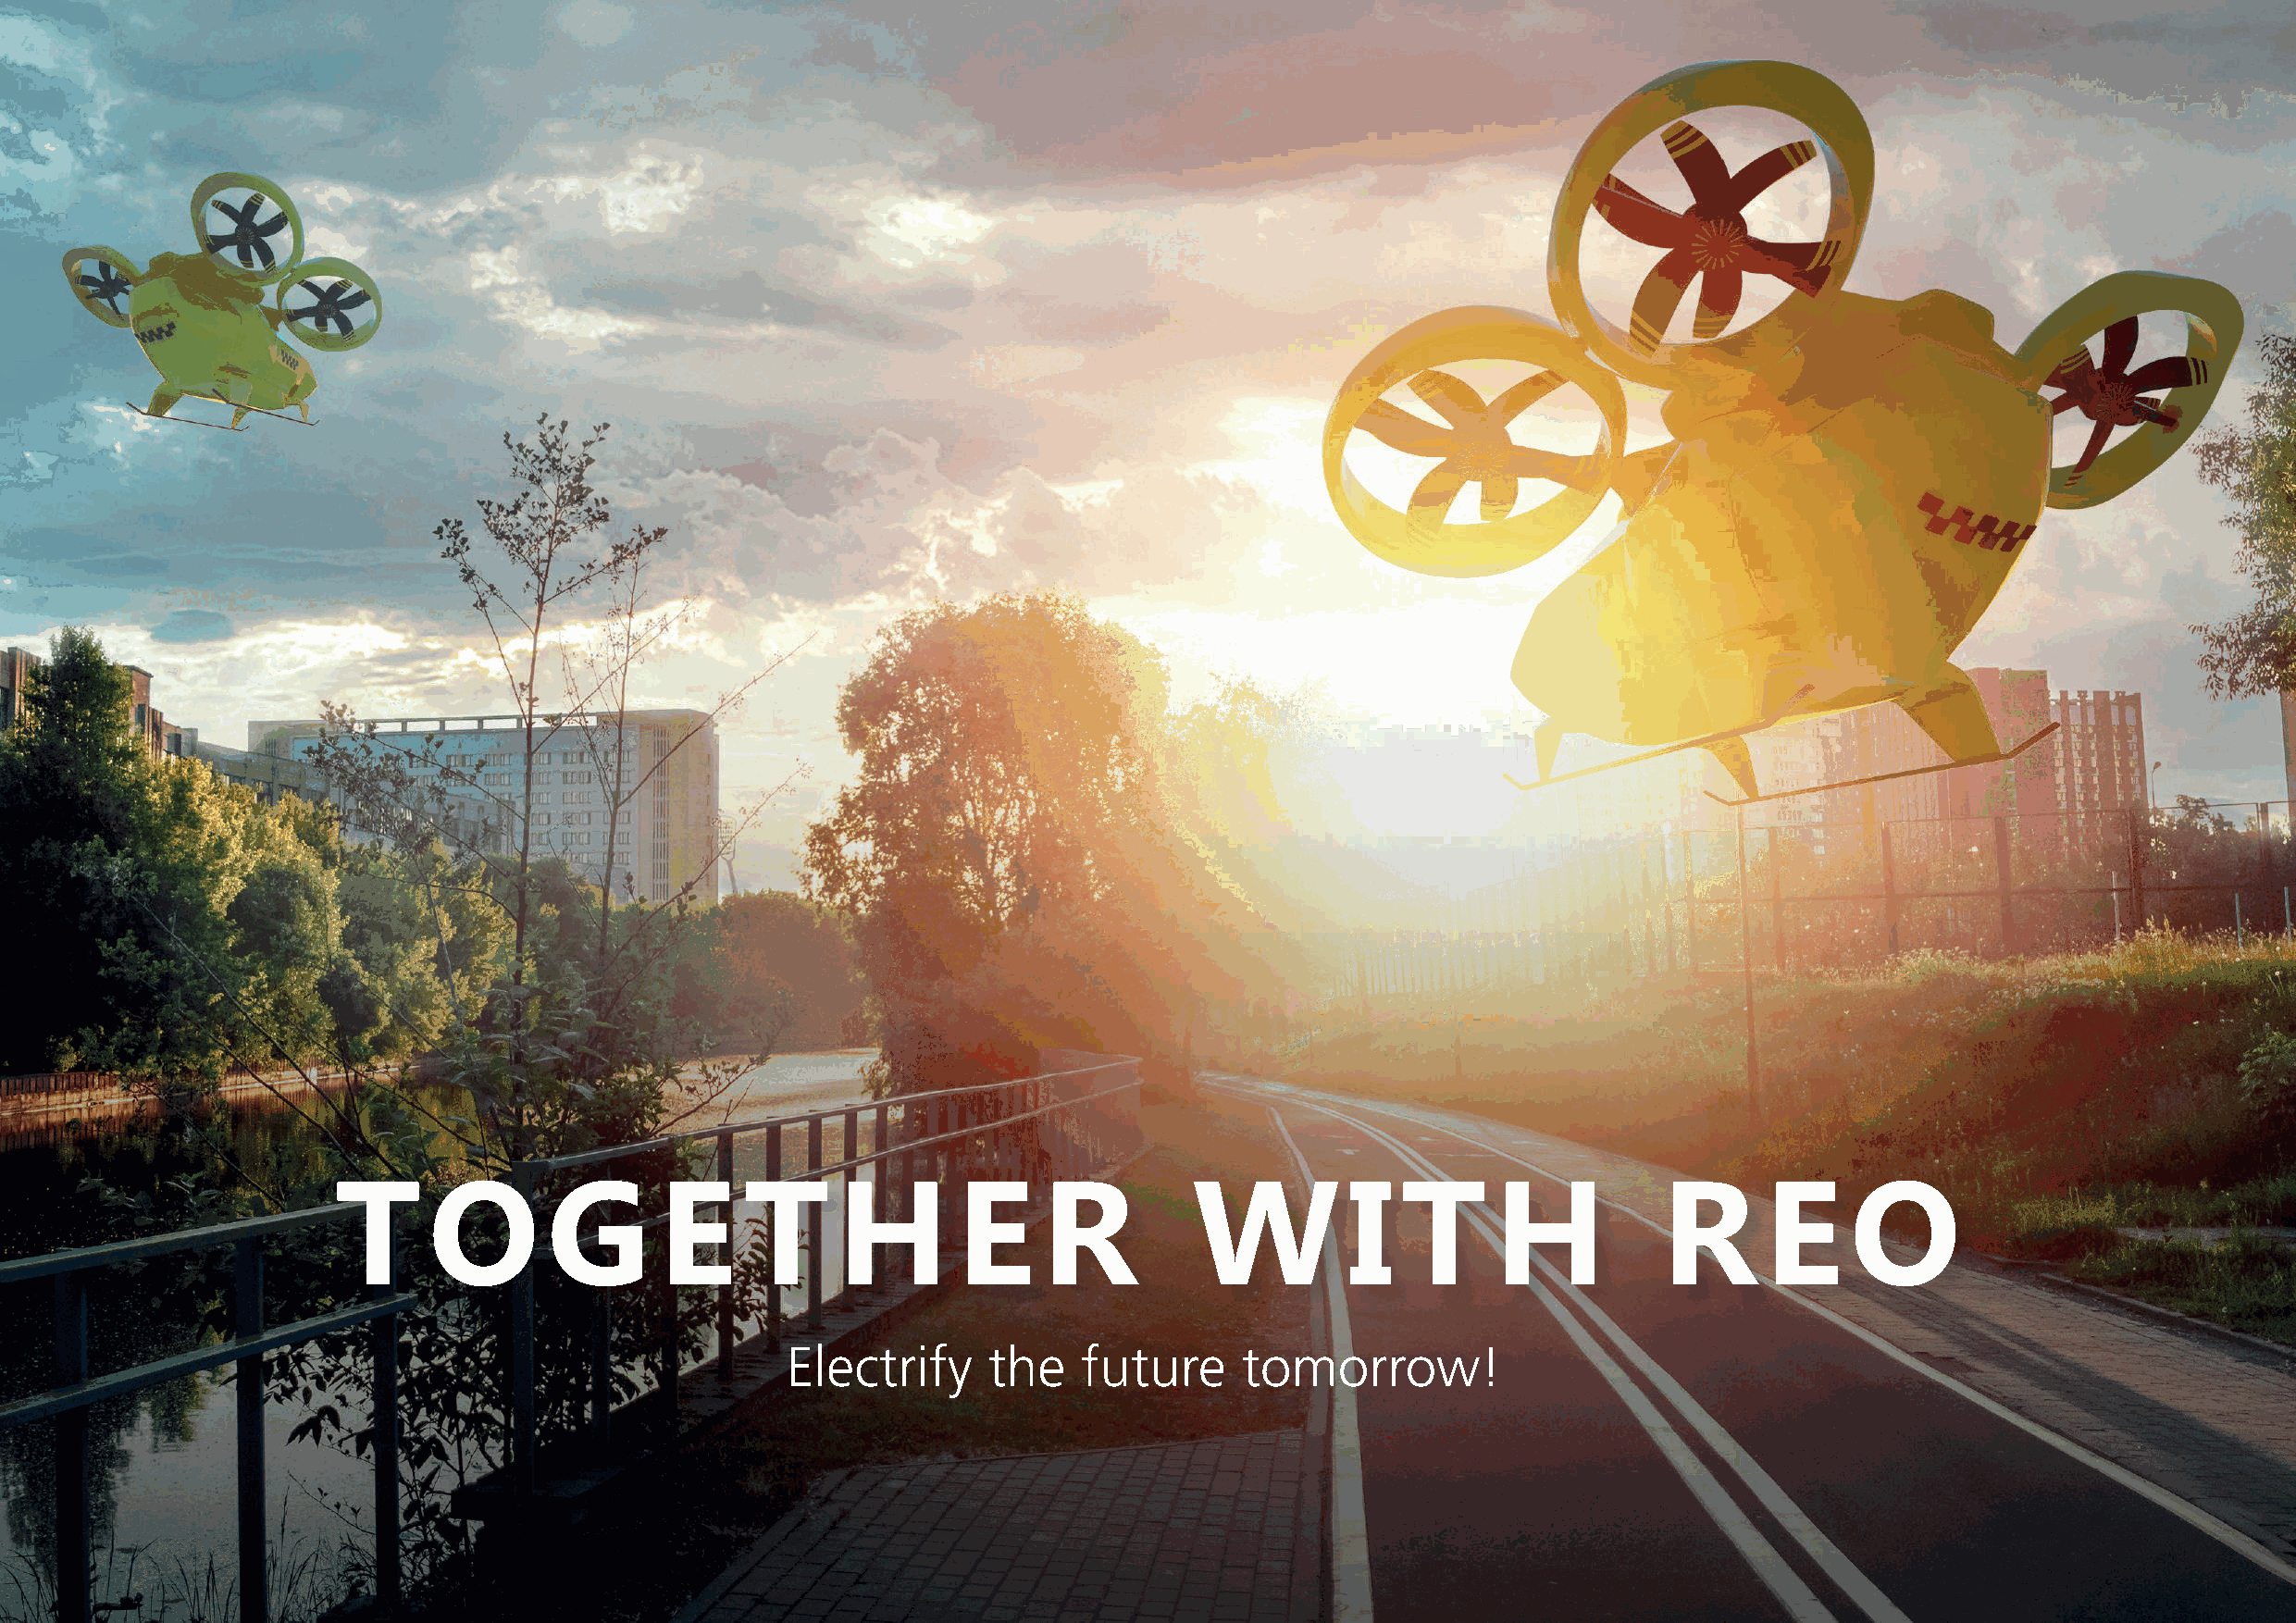
T      O       G       E     T      H       E     R          W          I   T      H           R      E     O
 Electrify      the   future      tomorrow!